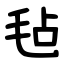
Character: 毡